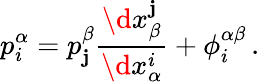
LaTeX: p_{i}^{\alpha}=p_{\mathbf{j}}^{\beta}\frac{{\d{x}_{\beta}^{\mathbf{j}}}}{{\d{x}_{\alpha}^{i}}}+\phi_{i}^{\alpha\beta}\, .